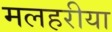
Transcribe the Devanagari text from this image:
मलहरीया